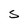
Character: S